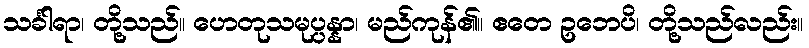
သင်္ခါရာ၊ တို့သည်။ ဟေတုသမုပ္ပန္နာ၊ မည်ကုန်၏။ ဧတေ ဥဘေပိ၊ တို့သည်လည်း။